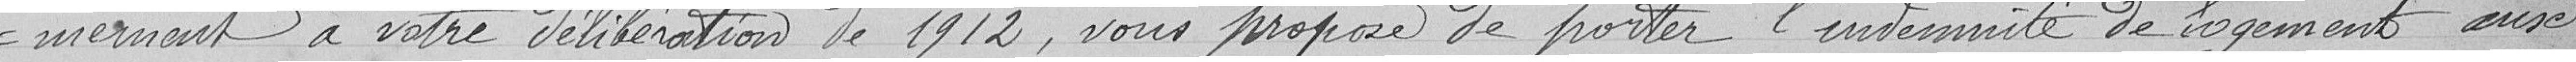
-mément à votre délibération de 1912, vous propose de porter l'indemnité de logement aux